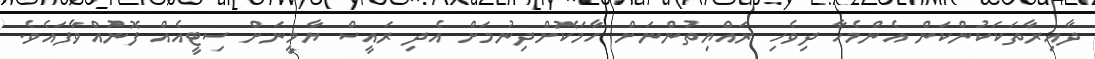
ދާއިރާތަކަކުންކަން އެންމެހާ ދިވެހި ރައްޔިތުންނަށް ހާމަކޮށްދިނުމަށް އެދި ރައީސް ޔާމީނަށް ސިޓީއެއް ފޮނުއްވާފައެވެ.